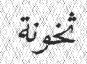
ثخونة